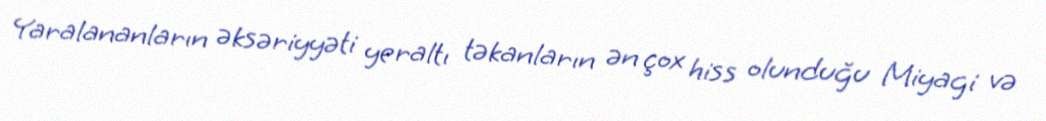
Yaralananların əksəriyyəti yeraltı təkanların ən çox hiss olunduğu Miyagi və